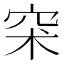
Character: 𥥇